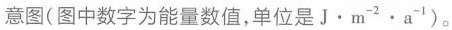
意图(图中数字为能量数值，单位是$$J \cdot m ^ { - 2 } \cdot a ^ { - 1 } )$$。